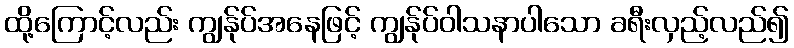
ထို့ကြောင့်လည်း ကျွန်ုပ်အနေဖြင့် ကျွန်ုပ်ဝါသနာပါသော ခရီးလှည့်လည်၍